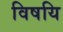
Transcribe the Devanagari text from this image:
विषयि